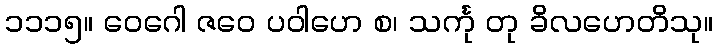
၁၁၁၅။ ဝေဂေါ ဇဝေ ပဝါဟေ စ၊ သင်္ကု တု ခိလဟေတိသု။